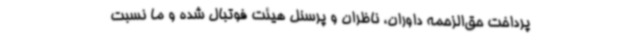
پرداخت حق‌الزحمه داوران، ناظران و پرسنل هیئت فوتبال شده و ما نسبت